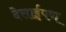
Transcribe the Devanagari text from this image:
देसाईपण